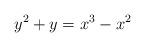
LaTeX: \begin{align*}y^2+y=x^3-x^2\end{align*}